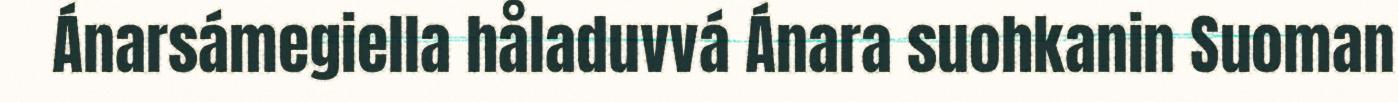
Ánarsámegiella håladuvvá Ánara suohkanin Suoman